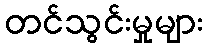
တင်သွင်းမှုများ